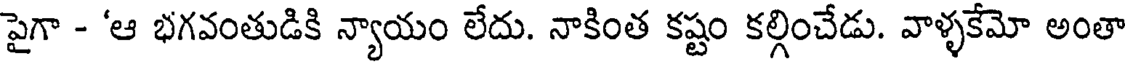
పైగా - 'ఆ భగవంతుడికి న్యాయం లేదు. నాకింత కష్టం కల్గించేడు. వాళ్ళకేమో అంతా